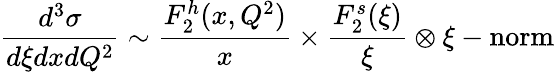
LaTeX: \frac{d^{3}\sigma}{d\xi dxdQ^{2}}\sim\frac{F_{2}^{h}(x,Q^{2})}{x}\times\frac{F_{2}^{s}(\xi)}{\xi}\otimes\xi-\mathrm{norm}